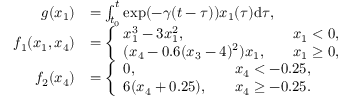
\begin{array} { r l } { g ( x _ { 1 } ) } & { = \int _ { t _ { 0 } } ^ { t } \exp ( - \gamma ( t - \tau ) ) x _ { 1 } ( \tau ) \mathrm { d } { \tau } , } \\ { f _ { 1 } ( x _ { 1 } , x _ { 4 } ) } & { = \left\{ \begin{array} { l l } { x _ { 1 } ^ { 3 } - 3 x _ { 1 } ^ { 2 } , \quad } & { x _ { 1 } < 0 , } \\ { ( x _ { 4 } - 0 . 6 ( x _ { 3 } - 4 ) ^ { 2 } ) x _ { 1 } , \quad } & { x _ { 1 } \geq 0 , } \end{array} \right. } \\ { f _ { 2 } ( x _ { 4 } ) } & { = \left\{ \begin{array} { l l } { 0 , \quad } & { x _ { 4 } < - 0 . 2 5 , } \\ { 6 ( x _ { 4 } + 0 . 2 5 ) , \quad } & { x _ { 4 } \geq - 0 . 2 5 . } \end{array} \right. } \end{array}